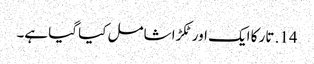
14. تار کا ایک اور ٹکڑا شامل کیا گیا ہے۔